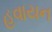
હવાયન